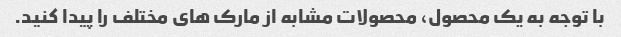
با توجه به یک محصول، محصولات مشابه از مارک های مختلف را پیدا کنید.